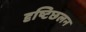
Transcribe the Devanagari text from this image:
दृष्टिछलन